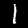
Label: 1